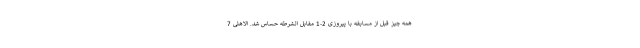
همه چیز قبل از مسابقه با پیروزی 2-1 مقابل الشرطه حساس شد. الاهلی 7